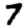
Digit: 7